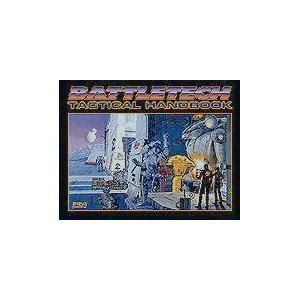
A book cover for Battletech Tactical Handbook; FASA Corporation; Science Fiction & Fantasy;